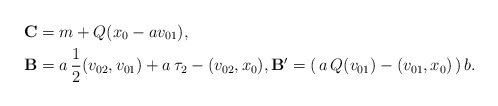
\begin{align*}\bold C& = m+ Q(x_0-a v_{01}),\\ \bold B& = a\,\frac12 (v_{02},v_{01}) +a\,\tau_2 - (v_{02},x_0),\bold B' = (\,a\, Q(v_{01})-(v_{01},x_0)\, )\,b.\end{align*}